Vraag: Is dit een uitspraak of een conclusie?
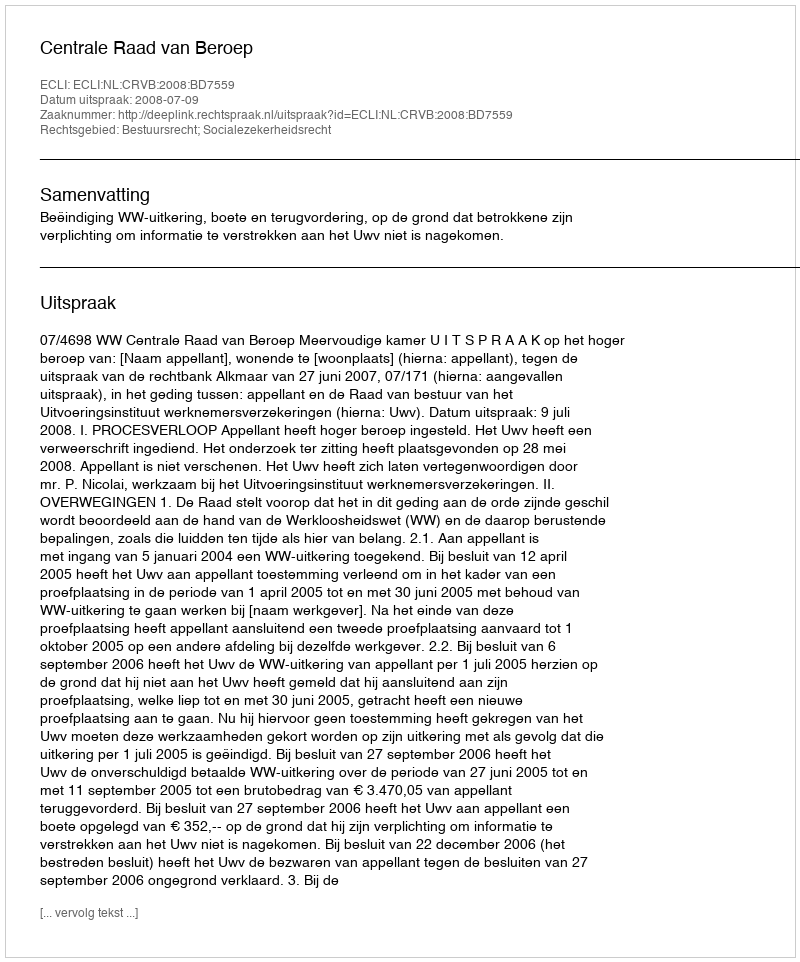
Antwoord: Uitspraak